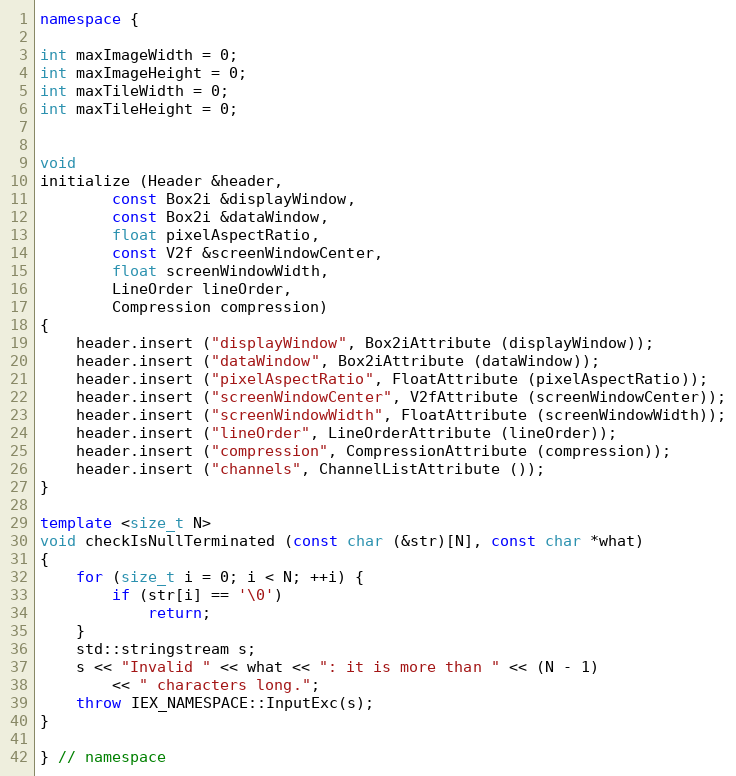
Language: C++
namespace {

int maxImageWidth = 0;
int maxImageHeight = 0;
int maxTileWidth = 0;
int maxTileHeight = 0;

void
initialize (Header &header,
	    const Box2i &displayWindow,
	    const Box2i &dataWindow,
	    float pixelAspectRatio,
	    const V2f &screenWindowCenter,
	    float screenWindowWidth,
	    LineOrder lineOrder,
	    Compression compression)
{
    header.insert ("displayWindow", Box2iAttribute (displayWindow));
    header.insert ("dataWindow", Box2iAttribute (dataWindow));
    header.insert ("pixelAspectRatio", FloatAttribute (pixelAspectRatio));
    header.insert ("screenWindowCenter", V2fAttribute (screenWindowCenter));
    header.insert ("screenWindowWidth", FloatAttribute (screenWindowWidth));
    header.insert ("lineOrder", LineOrderAttribute (lineOrder));
    header.insert ("compression", CompressionAttribute (compression));
    header.insert ("channels", ChannelListAttribute ());
}

template <size_t N>
void checkIsNullTerminated (const char (&str)[N], const char *what)
{
	for (size_t i = 0; i < N; ++i) {
		if (str[i] == '\0')
			return;
	}
	std::stringstream s;
	s << "Invalid " << what << ": it is more than " << (N - 1)
		<< " characters long.";
	throw IEX_NAMESPACE::InputExc(s);
}

} // namespace